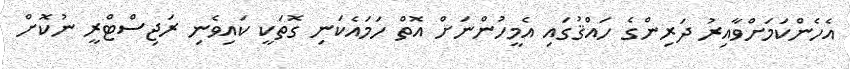
އެހެންކަމަށްވާއިރު ދަރިންގެ ހައްޤުގައި އެމީހުންނަށް އޮތް ހަަމައެކަނި ގޮތަކީ ކައިވެނި ރަޖިސްޓްރީ ނުކޮށް